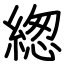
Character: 緫